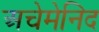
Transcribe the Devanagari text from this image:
अचेमेनिद